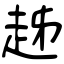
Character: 趀